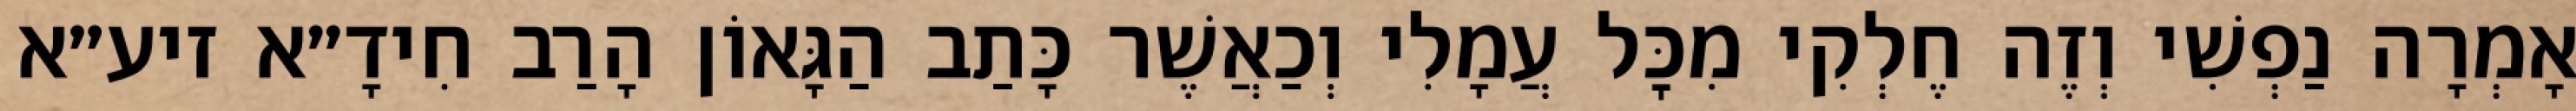
אָמְרָה נַפְשִׁי וְזֶה חֶלְקִי מִכׇּל עֲמָלִי וְכַאֲשֶׁר כָּתַב הַגָּאוֹן הָרַב חִידָ״א זיע״א